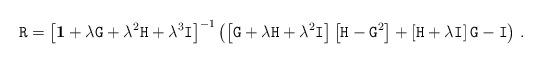
LaTeX: \begin{align*}\mathtt{R}=\left[\mathbf{1}+\lambda\mathtt{G}+\lambda^2\mathtt{H}+\lambda^3\mathtt{I}\right]^{-1}\left(\left[\mathtt{G}+\lambda\mathtt{H}+\lambda^2\mathtt{I}\right]\left[\mathtt{H}-\mathtt{G}^2\right] + \left[\mathtt{H}+\lambda\mathtt{I}\right]\mathtt{G} - \mathtt{I}\right)\,.\end{align*}